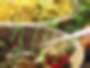
ধুবেন